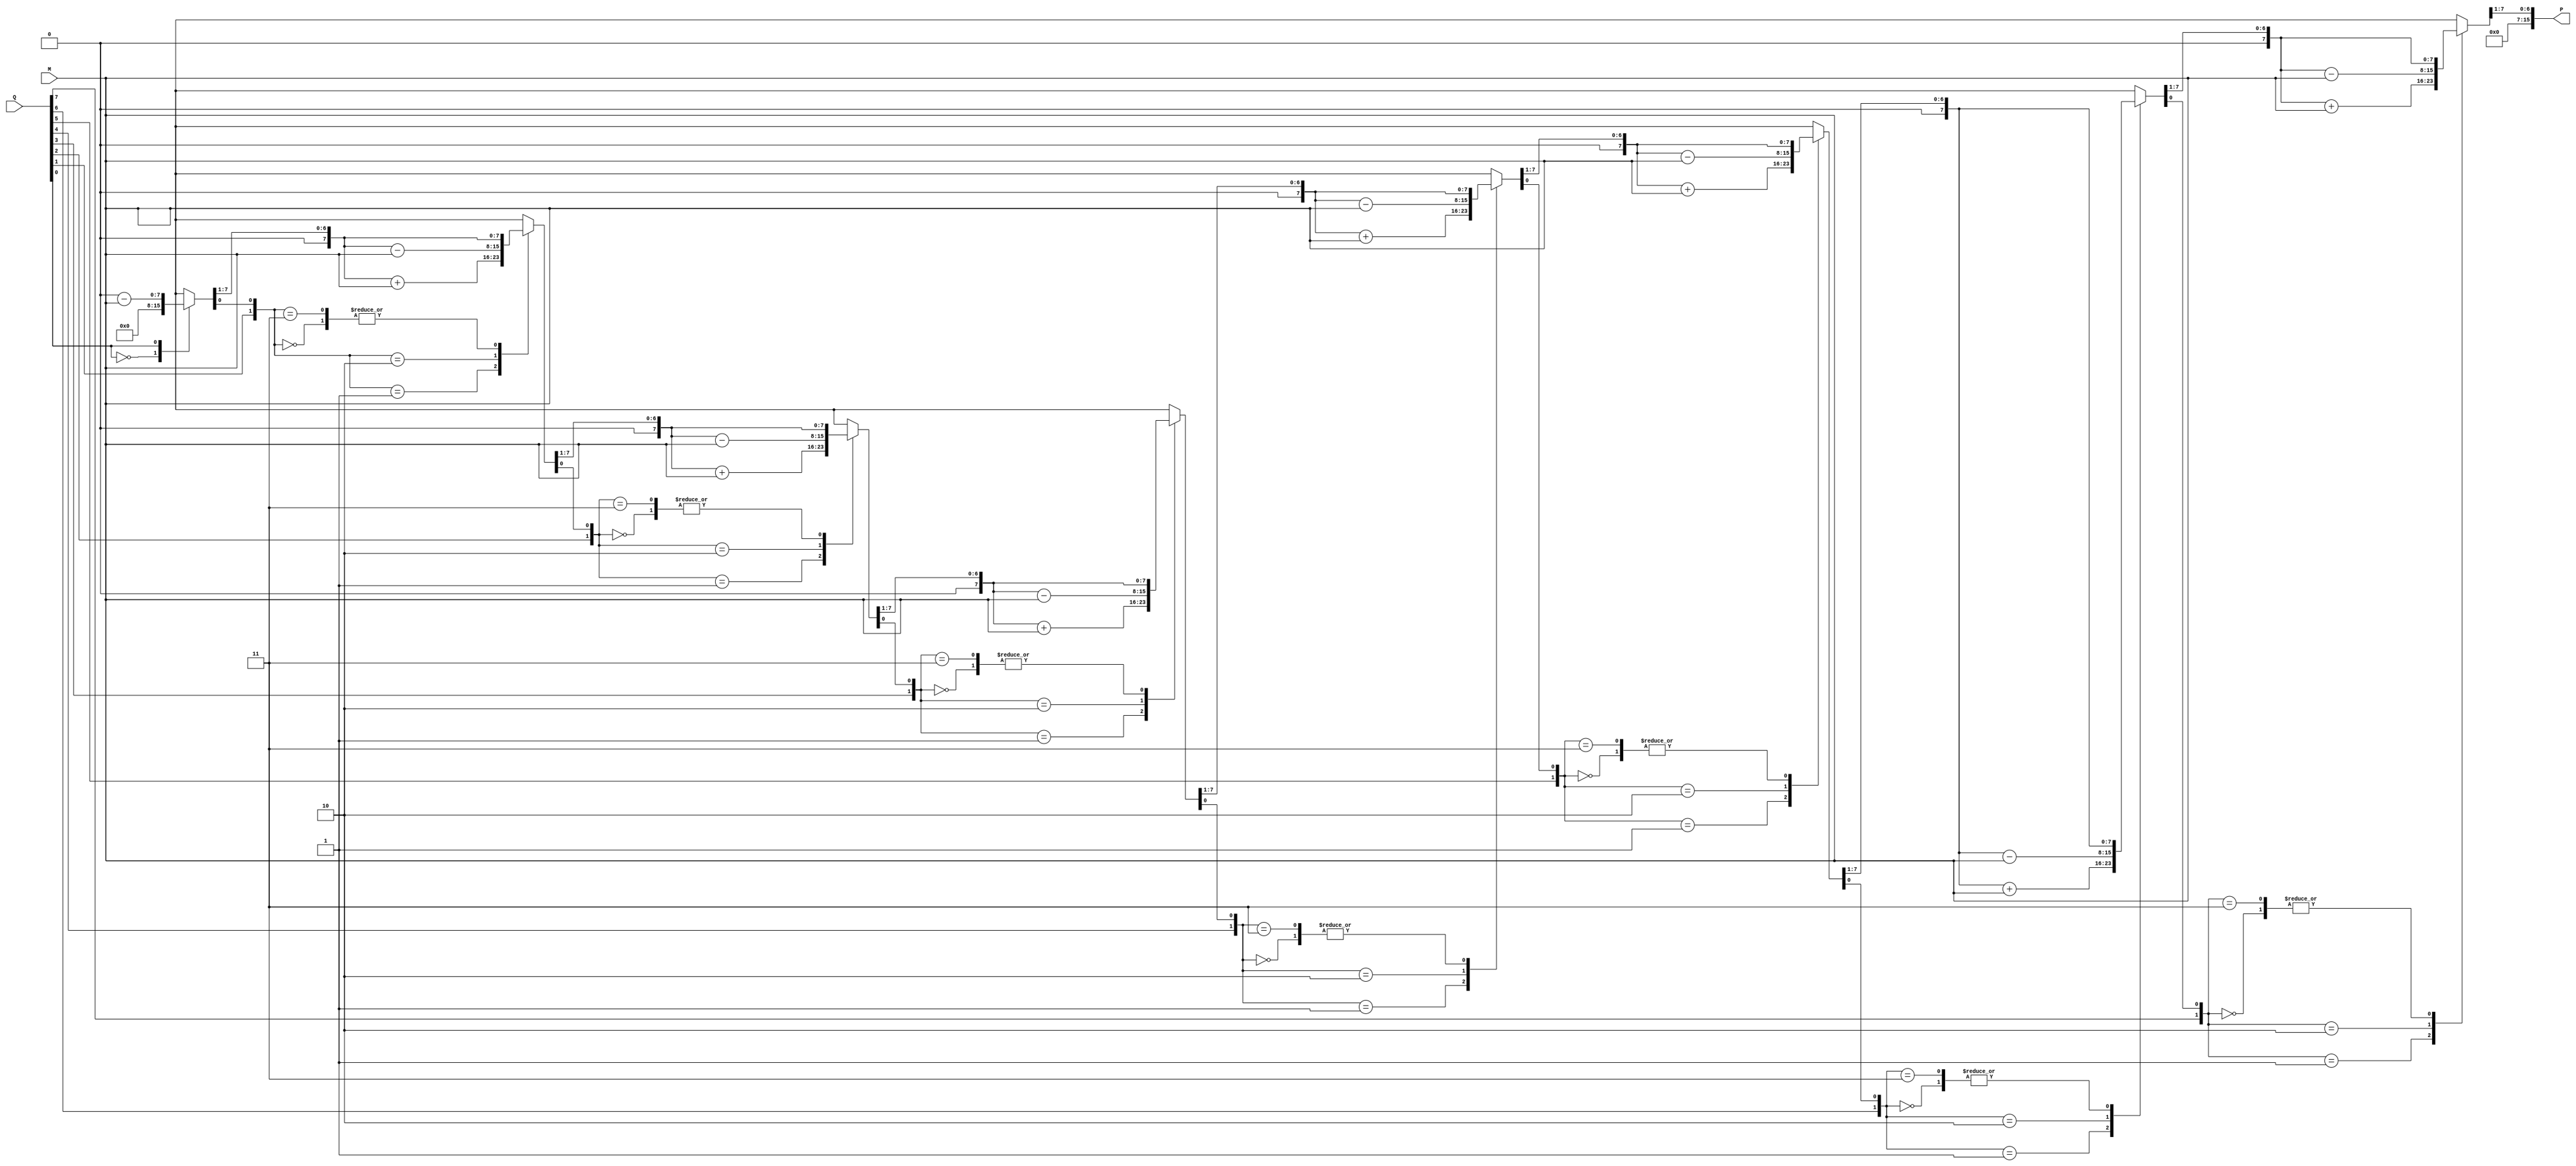
module modified_booth_multiplier #(parameter N = 8)
(
    input signed [N-1:0] M,          // Multiplicand
    input signed [N-1:0] Q,          // Multiplier
    output reg signed [2*N-1:0] P    // Product
);

reg signed [N-1:0] A;                // Accumulator
reg [N-1:0] Q_reg;                   // Multiplier register
reg Qm;                              // Previous bit of Q
integer i;

always @* begin
    // Initialize A and Q_reg with zeros
    A = 0;
    Q_reg = Q;
    Qm = 0;
    P = 0;

    // Perform the Modified Booth Multiplication
    for (i = 0; i < N; i = i + 1) begin
        case ({Q_reg[0], Qm}) // Look at the last bit of Q and Q-1
            2'b00: begin
                // Do nothing
            end
            2'b01: begin
                // Add M
                A = A + M;
            end
            2'b10: begin
                // Subtract M
                A = A - M;
            end
            2'b11: begin
                // Do nothing
            end
        endcase
        
        // Shift right: A and Q_reg
        {A, Q_reg} = {A, Q_reg} >> 1;

        // Set the previous multiplier bit Qm
        Qm = Q_reg[N-1]; // The MSB of Q_reg becomes Qm
    end

    // Combine A and Q for the final product
    P = A;
end

endmodule